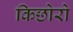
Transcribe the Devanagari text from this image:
किछोरो